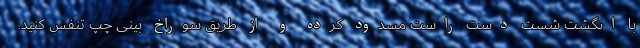
با انگشت شست دست راست مسدود کرده و از طریق سوراخ بینی چپ تنفس کنید.